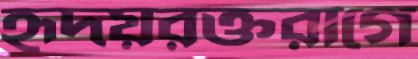
হৃদয়রক্তরাগে